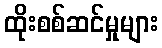
ထိုးစစ်ဆင်မှုများ